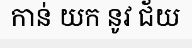
កាន់ យក នូវ ជ័យ